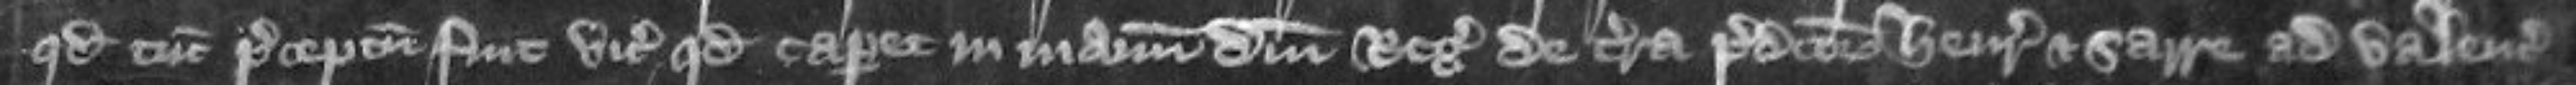
quod tunc preceptum fuit vicecomiti quod caperet in manum domini regis de terra predictorum Henrici et Sarre ad valenciam